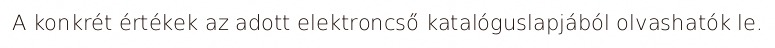
A konkrét értékek az adott elektroncső katalóguslapjából olvashatók le.